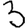
Digit: 3